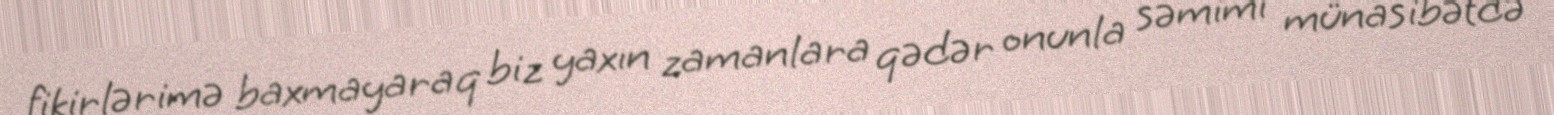
fikirlərimə baxmayaraq biz yaxın zamanlara qədər onunla səmimi münasibətdə